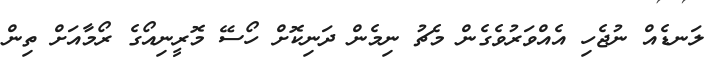
ލަނޑެއް ނުޖެހި އެއްވަރުވެގެން މެޗު ނިމެން ދަނިކޮށް ހޯސޭ މޮރީނިއޯގެ ރޯމާއަށް ތިން